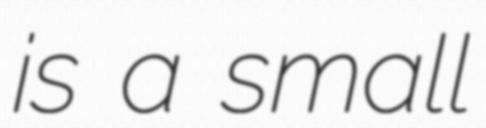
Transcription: is a small